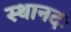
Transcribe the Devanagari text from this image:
स्थानदः